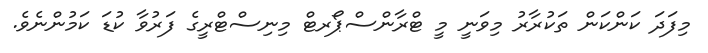
މިފަދަ ކަންކަން ތަކުރާރު މިވަނީ މީ ޓްރާންސްޕޯރޓް މިނިސްޓްރީގެ ފަރުވާ ކުޑަ ކަމުންނެވެ.